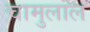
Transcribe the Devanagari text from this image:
चामुलाल